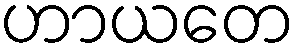
ဟာယတေ